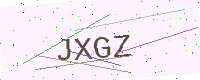
Text: JXGZ